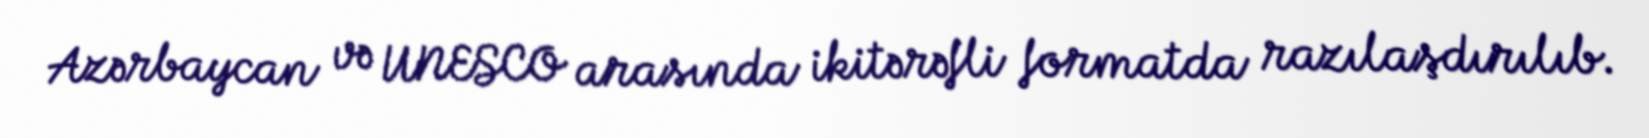
Azərbaycan və UNESCO arasında ikitərəfli formatda razılaşdırılıb.